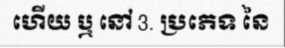
ហើយ ឬ នៅ 3. ប្រភេទ នៃ